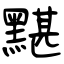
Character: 黮